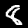
Digit: 8